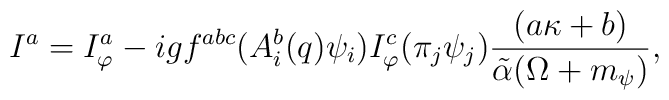
I^a=I^a_\varphi-igf^{abc}(A_i^b(q)\psi_i)I^c_\varphi (\pi_j\psi_j)\frac{(a\kappa+b)}{\tilde \alpha(\Omega+m_\psi)},